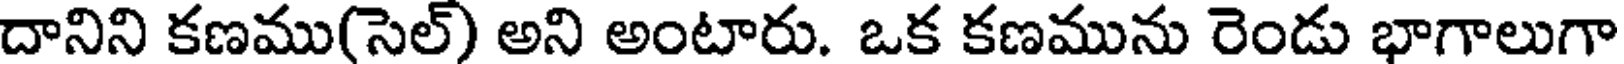
దానిని కణము(సెల్) అని అంటారు. ఒక కణమును రెండు భాగాలుగా